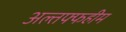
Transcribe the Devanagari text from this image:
अल्तफ्फहीम